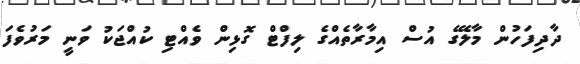
ދާދިފަހުން މާލޭގެ އުސް އިމާރާތެއްގެ ލިފްޓް ގޮޅިން ވެއްޓި ކުއްޖަކު ވަނީ މަރުވެފަ